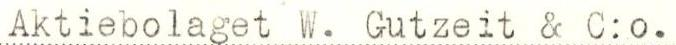
Aktiebolaget W. Gutzeit & C:o.